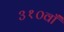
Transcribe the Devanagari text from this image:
३१०वाँ